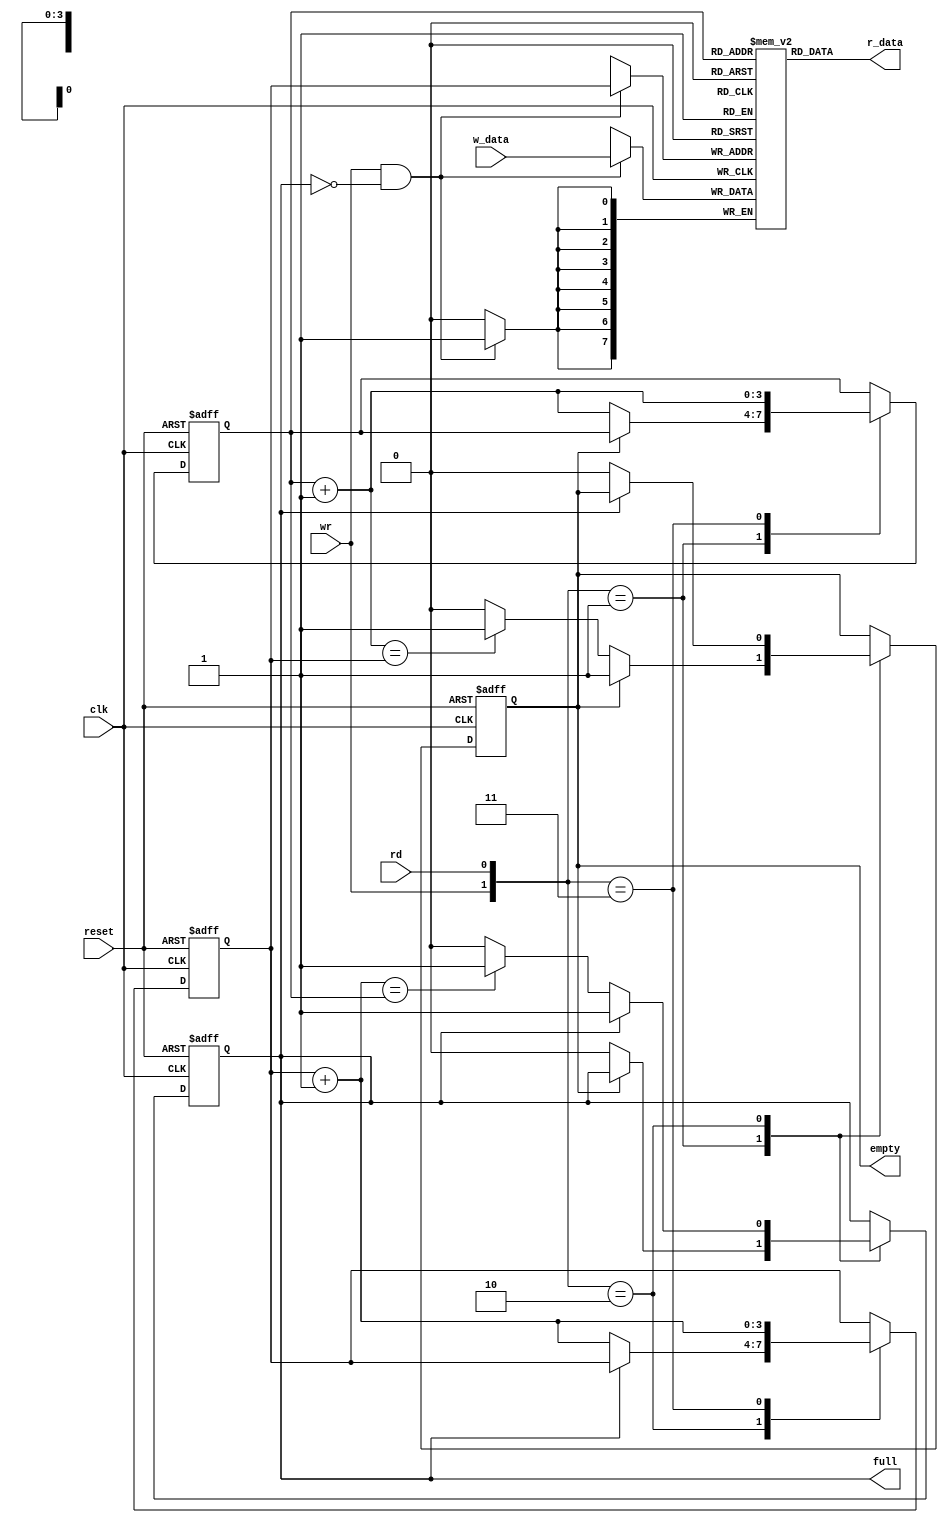
module fifo
    #(
        parameter B = 8, // number of bits in a word
                  W = 4  // number of address bits
    )
    (
        input   wire clk, reset,
        input   wire rd , wr,   //control signals: when wr is asserted, the input data is written into the FIFO
                                //when rd is asserted, the output data is read from the FIFO
                                //rd means 'remove first item (TAIL) of the FIFO'
        input   wire [B-1:0] w_data,
        output  wire empty, full,
        output  wire [B-1:0] r_data
    );

    //signal declaration
    reg [B-1: 0] array_reg   [2**W-1:0]; // register array
    // La FIFO podr almacenar hasta 2^W palabras de B bits
    reg [W-1: 0] w_ptr_reg,  w_ptr_next, w_ptr_succ;
    reg [W-1: 0] r_ptr_reg , r_ptr_next, r_ptr_succ;
    reg full_reg, empty_reg, full_next,  empty_next;
    wire wr_en;

    // body
    // register file write operation
    always @ ( posedge clk)
        if (wr_en)
            array_reg [w_ptr_reg] <= w_data;

    // register file read operation
    assign r_data = array_reg [r_ptr_reg] ;
    // write enabled only when FIFO is not full
    assign wr_en = wr & ~full_reg;

    // fifo control logic
    // register for read and write pointers
    always @(posedge clk, posedge reset)
        if (reset)
            begin
                w_ptr_reg <= 0;
                r_ptr_reg <= 0;
                full_reg  <= 1'b0;
                empty_reg <= 1'b1;
            end
        else
            begin
                w_ptr_reg <= w_ptr_next;
                r_ptr_reg <= r_ptr_next;
                full_reg  <= full_next;
                empty_reg <= empty_next;
            end

    // next-state logic for readn and write pointers
    always @*
        begin
        //succesive pointers values
            w_ptr_succ = w_ptr_reg + 1;
            r_ptr_succ = r_ptr_reg + 1;
            // default: no change
            w_ptr_next = w_ptr_reg;
            r_ptr_next = r_ptr_reg;
            full_next  = full_reg;
            empty_next = empty_reg;
            case ({wr, rd})
                // 2'b00: no change
                2'b01: // read
                    if (~empty_reg) //not empty
                        begin
                            r_ptr_next = r_ptr_succ;
                            full_next  = 1'b0;
                            if (r_ptr_succ == w_ptr_reg)
                                empty_next = 1'b1;
                        end
                2'b10: // write
                    if (~full_reg) // not full
                        begin
                            w_ptr_next = w_ptr_succ;
                            empty_next = 1'b0;
                            if (w_ptr_succ == r_ptr_reg)
                                full_next = 1'b1;
                        end
                2'b11: // read and write
                    begin
                        w_ptr_next = w_ptr_succ;
                        r_ptr_next = r_ptr_succ;
                    end
            endcase
        end

    // output
    assign empty = empty_reg;
    assign full  = full_reg;

endmodule